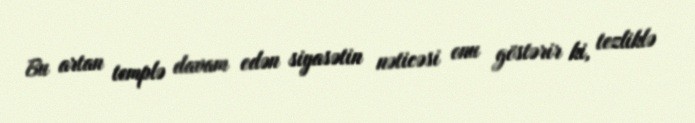
Bu artan templə davam edən siyasətin nəticəsi onu göstərir ki, tezliklə